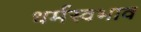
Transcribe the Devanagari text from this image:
धर्मस्वभाव